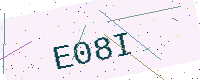
Text: E08I